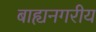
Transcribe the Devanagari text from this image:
बाह्यनगरीय